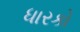
ધારકો